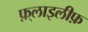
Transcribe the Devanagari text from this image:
फ़्लाइलीफ़